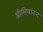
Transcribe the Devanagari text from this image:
श्रीसियानन्द